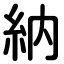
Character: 納